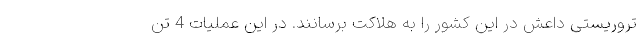
تروریستی داعش در این کشور را به هلاکت برسانند. در این عملیات 4 تن